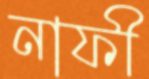
নাফী